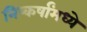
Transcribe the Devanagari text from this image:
निष्कर्षांमध्ये